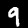
Label: 9